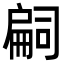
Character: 𢩚